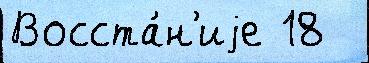
Восста́н'иjе 18